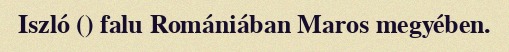
Iszló () falu Romániában Maros megyében.